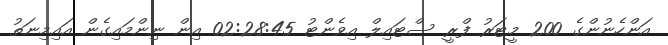
އަންހެނުންގެ 200 މީޓަރު ފްރީ ސްޓައިލް އިވެންޓު 02:28:45 އިން ނިންމަައިގެން އައިމިނަތު